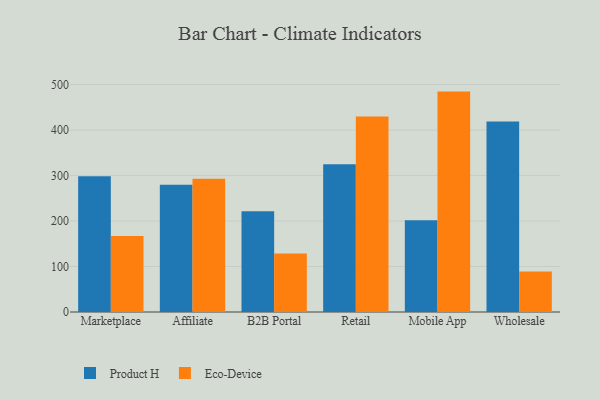
{"axis": {"x": "Channel", "y": "Waste Production (Tons)"}, "legend": ["Eco-Device", "Product H"], "data": [{"x": "Marketplace", "y": 298.7, "type": "Product H"}, {"x": "Marketplace", "y": 167.0, "type": "Eco-Device"}, {"x": "Affiliate", "y": 279.8, "type": "Product H"}, {"x": "Affiliate", "y": 293.0, "type": "Eco-Device"}, {"x": "B2B Portal", "y": 221.3, "type": "Product H"}, {"x": "B2B Portal", "y": 128.9, "type": "Eco-Device"}, {"x": "Retail", "y": 325.1, "type": "Product H"}, {"x": "Retail", "y": 429.9, "type": "Eco-Device"}, {"x": "Mobile App", "y": 201.9, "type": "Product H"}, {"x": "Mobile App", "y": 484.6, "type": "Eco-Device"}, {"x": "Wholesale", "y": 418.7, "type": "Product H"}, {"x": "Wholesale", "y": 88.9, "type": "Eco-Device"}]}